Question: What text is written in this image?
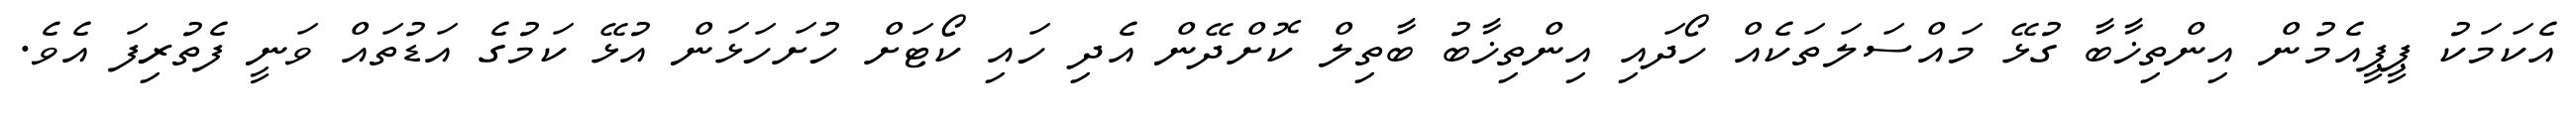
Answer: އެކަމަކު ޕީޕީއެމުން އިންތިޚާބާ ގުޅޭ މައްސަލަތަކެއް ހޯދައި އިންތިޚާބު ބާތިލް ކޮށްދޭން އެދި ހައި ކޯޓަށް ހުށަހަޅަން އުޅޭ ކަމުގެ އަޑުތައް ވަނީ ފެތުރިފަ އެވެ.